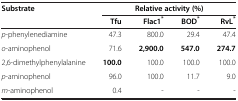
<table><thead><tr><td><b>Substrate</b></td><td colspan="4"><b>Relative activity (%)</b></td></tr><tr><td><b> </b></td><td><b>Tfu</b></td><td><b>Flac1<sup>*</sup></b></td><td><b>BOD<sup>*</sup></b></td><td><b>RvL<sup>*</sup></b></td></tr></thead><tbody><tr><td><i>p</i>-phenylenediamine</td><td>47.3</td><td>800.0</td><td>29.4</td><td>47.4</td></tr><tr><td><i>o</i>-aminophenol</td><td>71.6</td><td><b>2,900.0</b></td><td><b>547.0</b></td><td><b>274.7</b></td></tr><tr><td>2,6-dimethylphenylalanine</td><td><b>100.0</b></td><td>100.0</td><td>100.0</td><td>100.0</td></tr><tr><td><i>p</i>-aminophenol</td><td>96.0</td><td>100.0</td><td>11.7</td><td>9.0</td></tr><tr><td><i>m</i>-aminophenol</td><td>0.4</td><td>-</td><td>-</td><td>-</td></tr></tbody></table>